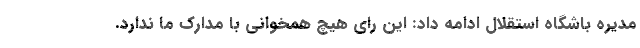
مدیره باشگاه استقلال ادامه داد: این رای هیچ همخوانی با مدارک ما ندارد.